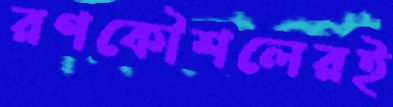
রণকৌশলেরই